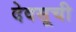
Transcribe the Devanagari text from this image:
देवसूची